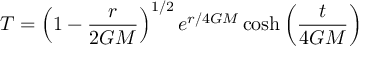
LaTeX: T = \left( 1 - { \frac { r } { 2 G M } } \right) ^ { 1 / 2 } e ^ { r / 4 G M } \cosh \left( { \frac { t } { 4 G M } } \right)